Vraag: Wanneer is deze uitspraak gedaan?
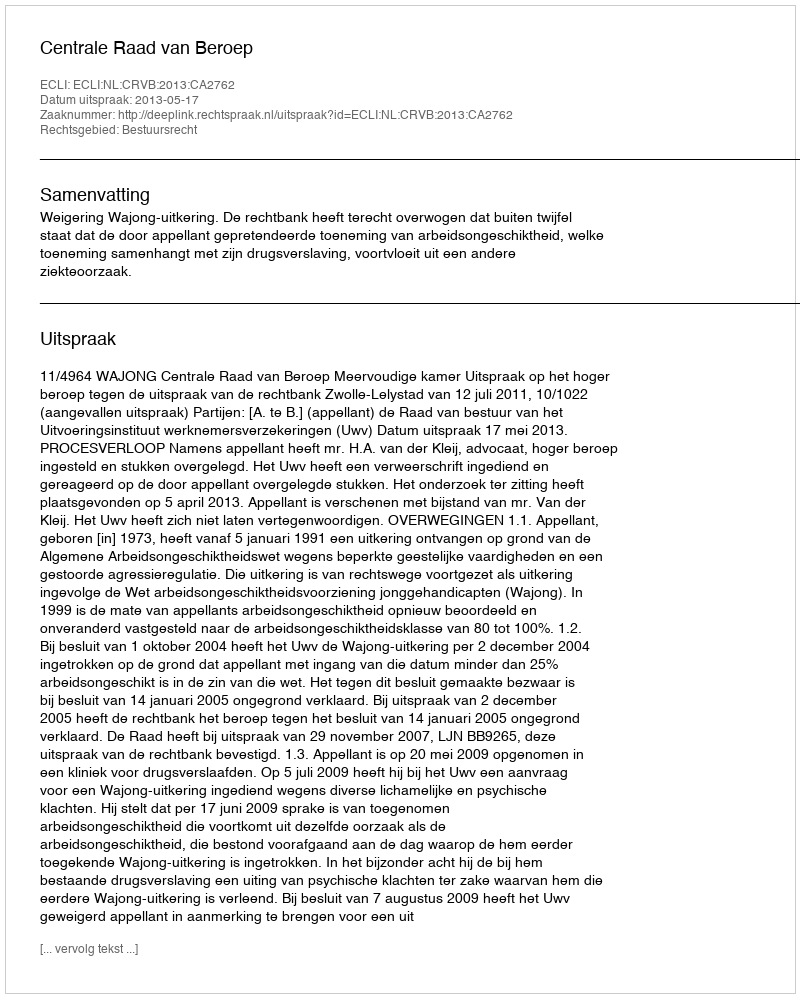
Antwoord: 2013-05-17